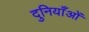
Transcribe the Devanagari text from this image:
दुनियाँओं